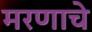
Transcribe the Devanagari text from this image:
मरणाचे